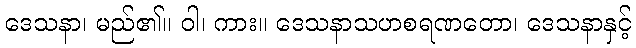
ဒေသနာ၊ မည်၏။ ဝါ၊ ကား။ ဒေသနာသဟစရဏတော၊ ဒေသနာနှင့်